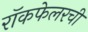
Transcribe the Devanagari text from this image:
रॉकफेलरची